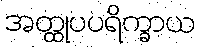
အတ္ထုပပရိက္ခာယ